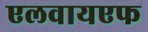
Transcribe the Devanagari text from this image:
एलवायएफ